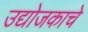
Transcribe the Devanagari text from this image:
उद्योजकाचे